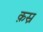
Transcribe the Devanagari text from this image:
क़स्र